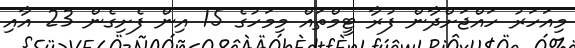
މިއަހަރު ހައްޖަށްދާން ފުރާ ޓީމްތައް މިމަހުގެ 15 އިން ފެށިގެން 23 އާއި